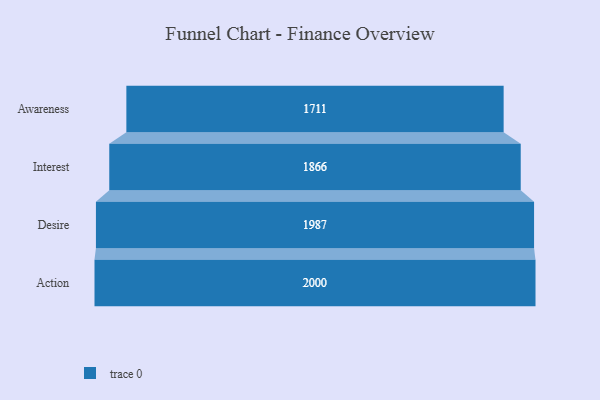
{"axis": {"x": "Stage", "y": "Value"}, "legend": [""], "data": [{"x": "Awareness", "y": 1711.0, "type": ""}, {"x": "Interest", "y": 1866.0, "type": ""}, {"x": "Desire", "y": 1987.0, "type": ""}, {"x": "Action", "y": 2000, "type": ""}]}